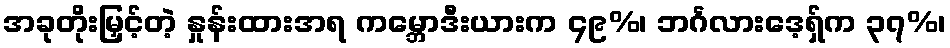
အခုတိုးမြှင့်တဲ့ နှုန်းထားအရ ကမ္ဘောဒီးယားက ၄၉%၊ ဘင်္ဂလားဒေ့ရှ်က ၃၇%၊